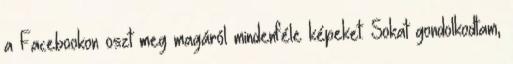
a Facebookon oszt meg magáról mindenféle képeket. Sokat gondolkodtam,